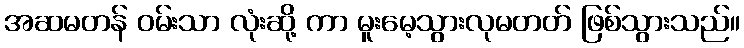
အဆမတန် ဝမ်းသာ လုံးဆို့ ကာ မူးမေ့သွားလုမတတ် ဖြစ်သွားသည်။